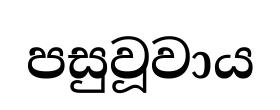
පසුවූවාය